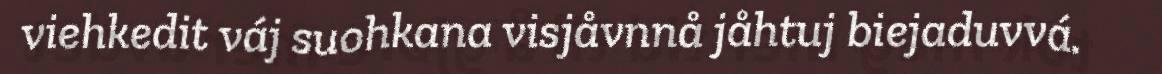
viehkedit váj suohkana visjåvnnå jåhtuj biejaduvvá.